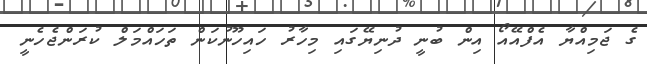
ގެ ޖަމިއްޔާ އެފްއޭއޯ އިން ބުނީ ދުނިޔޭގައި މިހާރު ހައިހޫނުކަން ތަހައްމަލް ކުރަންޖެހެނީ